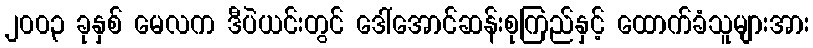
၂၀၀၃ ခုနှစ် မေလက ဒီပဲယင်းတွင် ဒေါ်အောင်ဆန်းစုကြည်နှင့် ထောက်ခံသူများအား